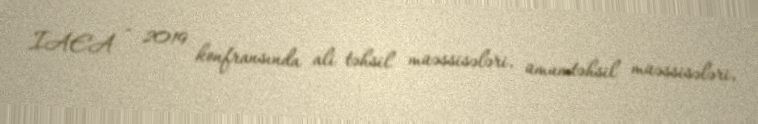
IAEA - 2019 konfransında ali təhsil müəssisələri, ümumtəhsil müəssisələri,